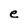
Character: e